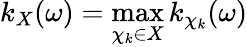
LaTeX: k_{X}(\omega)=\operatorname*{max}_{\chi_{k}\in X}k_{\chi_{k}}(\omega)